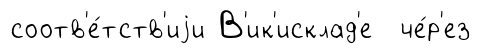
соотв'е́тств'иjи В'ик'исклад'е че́р'ез